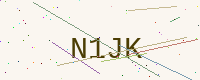
Text: N1JK